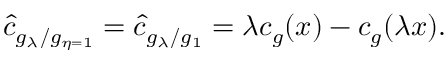
\hat { c } _ { g _ { \lambda } / g _ { \eta = 1 } } = \hat { c } _ { g _ { \lambda } / g _ { 1 } } = \lambda c _ { g } ( x ) - c _ { g } ( \lambda x ) .